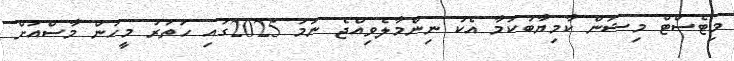
މިޓެސްޓް މިޝަން ކާމިޔާބުކަމާ އެކު ނިންމާލެވިއްޖެ ނަމަ 2025ގައި ހަތަރު މީހުން މާސްއަށް